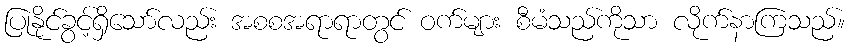
ပြုနိုင်ခွင့်ရှိသော်လည်း အစစအရာရာတွင် ဝက်များ စီမံသည်ကိုသာ လိုက်နာကြသည်။